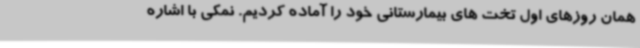
همان روزهای اول تخت های بیمارستانی خود را آماده کردیم. نمکی با اشاره